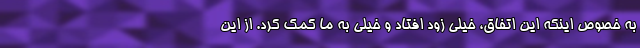
به خصوص اینکه این اتفاق، خیلی زود افتاد و خیلی به ما کمک کرد. از این